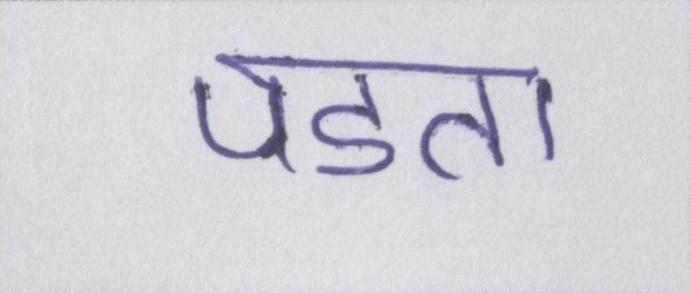
पडता